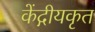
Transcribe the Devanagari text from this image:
केंद्गीयकृत